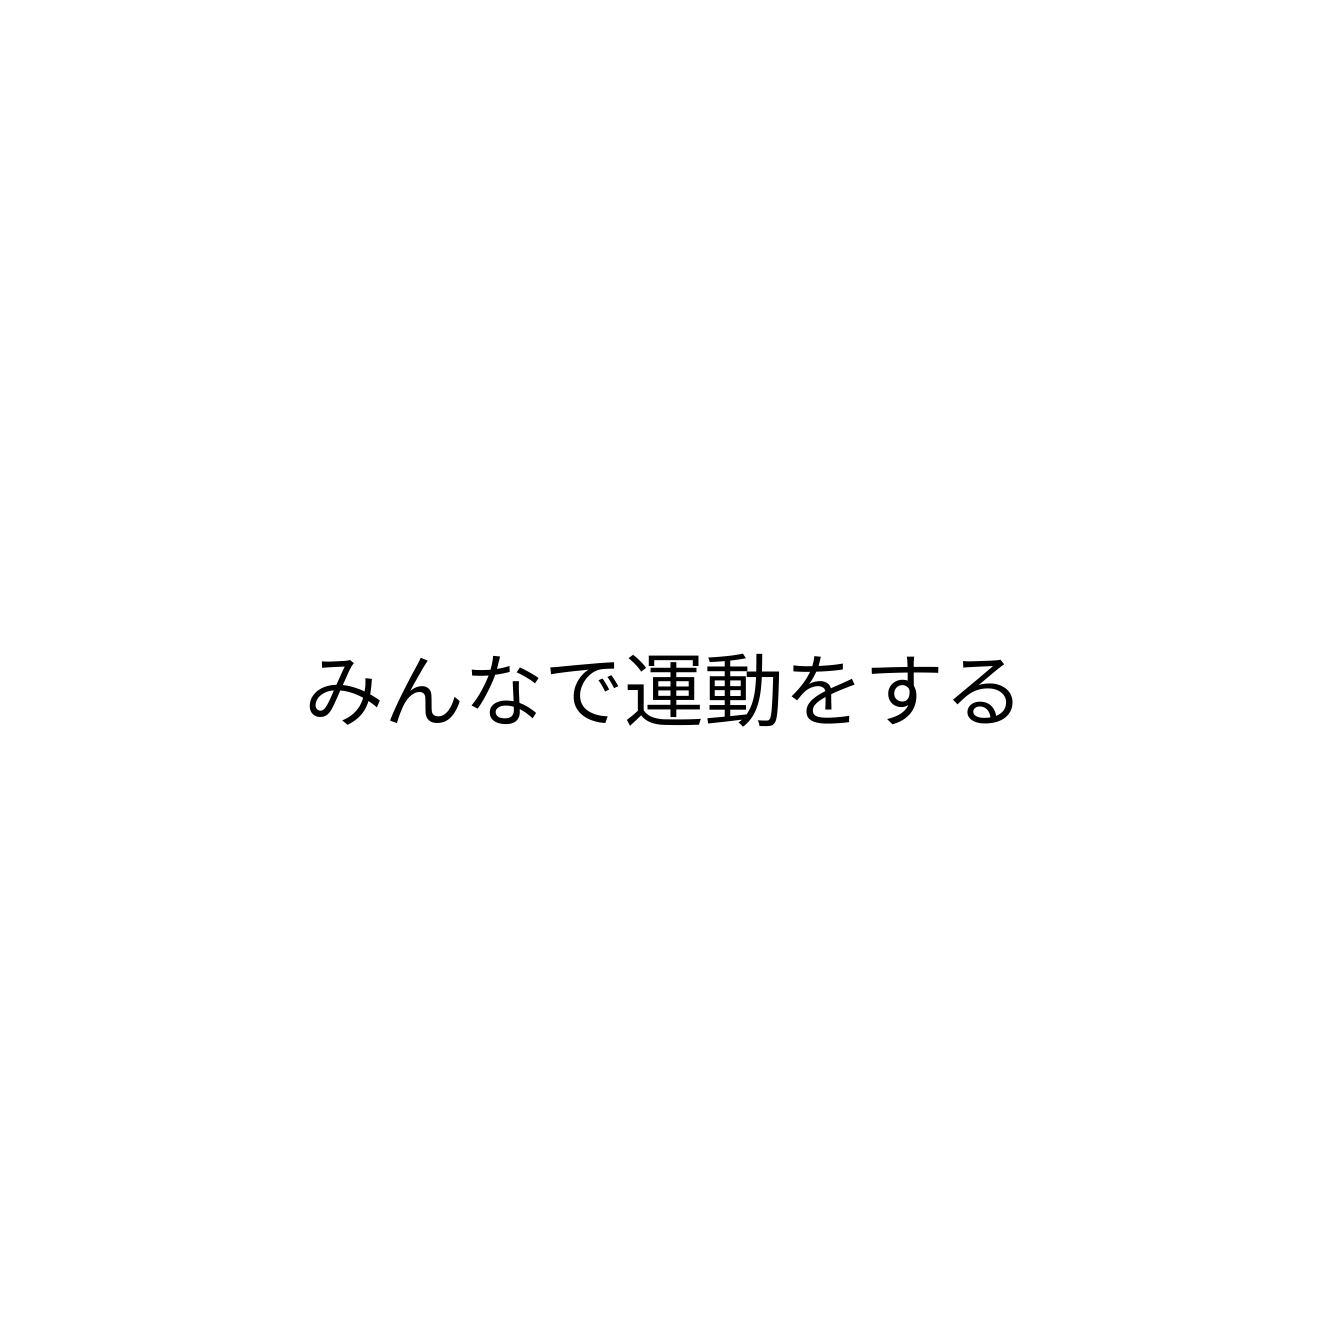
みんなで運動をする